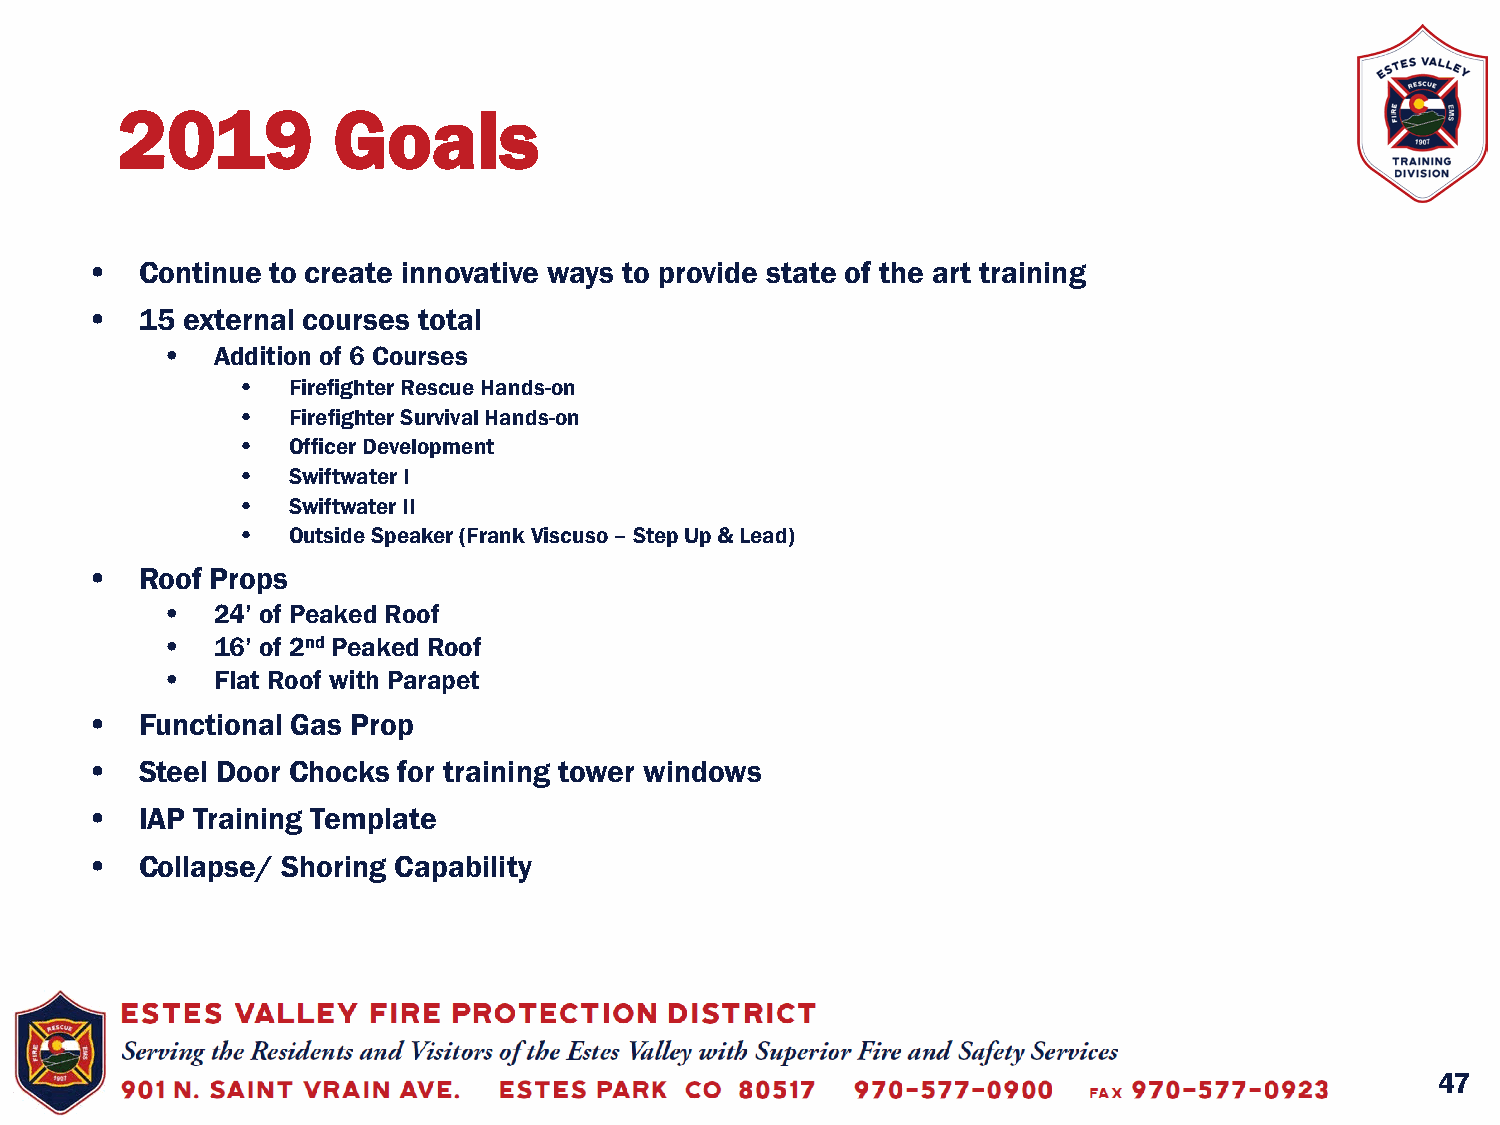
2019          Goals
 •  Continue to create innovative ways to provide state of the art training
 •  15 external courses total
 •  Addition of 6 Courses
 •  Firefighter Rescue Hands-on
 •  Firefighter Survival Hands-on
 •  Officer Development
 •  Swiftwater I
 •  Swiftwater II
 •  Outside Speaker (Frank Viscuso–Step Up & Lead)
 •  Roof Props
 •  24’ of Peaked Roof
 •  16’ of 2nd Peaked Roof
 •  Flat Roof with Parapet
 •  Functional Gas Prop
 •  Steel Door Chocks for training tower windows
 •  IAP Training Template
 •  Collapse/ Shoring Capability
 47